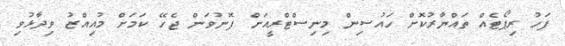
ފަހު ރިޕޯޓެއް ތައްޔާރުކޮށް ހައުސިން މިނިސްޓްރީއަށް ފޮނުވަން ޖެހޭ ކަމަށް މުއިއްޒު ވިދާޅުވި